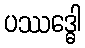
ပဿဒ္ဓေါ